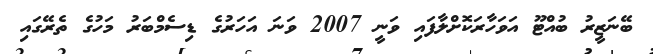
ބޭނަޒީރު ބުއްޓޫ އަވަހާރަކޮށްލާފައި ވަނީ 2007 ވަނަ އަހަރުގެ ޑިސެމްބަރު މަހުގެ ތެރޭގައި